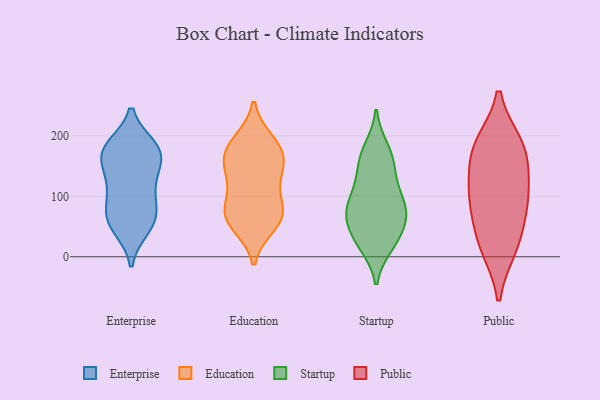
{"axis": {"x": "Humidity (%)", "y": "Value"}, "legend": ["Education", "Enterprise", "Public", "Startup"], "data": [{"x": "", "y": 71, "type": "Enterprise"}, {"x": "", "y": 177, "type": "Enterprise"}, {"x": "", "y": 119, "type": "Enterprise"}, {"x": "", "y": 179, "type": "Enterprise"}, {"x": "", "y": 62, "type": "Enterprise"}, {"x": "", "y": 55, "type": "Enterprise"}, {"x": "", "y": 126, "type": "Enterprise"}, {"x": "", "y": 168, "type": "Enterprise"}, {"x": "", "y": 75, "type": "Enterprise"}, {"x": "", "y": 181, "type": "Enterprise"}, {"x": "", "y": 110, "type": "Enterprise"}, {"x": "", "y": 48, "type": "Enterprise"}, {"x": "", "y": 170, "type": "Enterprise"}, {"x": "", "y": 161, "type": "Enterprise"}, {"x": "", "y": 68, "type": "Education"}, {"x": "", "y": 76, "type": "Education"}, {"x": "", "y": 119, "type": "Education"}, {"x": "", "y": 53, "type": "Education"}, {"x": "", "y": 163, "type": "Education"}, {"x": "", "y": 182, "type": "Education"}, {"x": "", "y": 73, "type": "Education"}, {"x": "", "y": 190, "type": "Education"}, {"x": "", "y": 133, "type": "Education"}, {"x": "", "y": 151, "type": "Education"}, {"x": "", "y": 66, "type": "Education"}, {"x": "", "y": 173, "type": "Education"}, {"x": "", "y": 128, "type": "Startup"}, {"x": "", "y": 170, "type": "Startup"}, {"x": "", "y": 26, "type": "Startup"}, {"x": "", "y": 140, "type": "Startup"}, {"x": "", "y": 105, "type": "Startup"}, {"x": "", "y": 86, "type": "Startup"}, {"x": "", "y": 65, "type": "Startup"}, {"x": "", "y": 160, "type": "Startup"}, {"x": "", "y": 19, "type": "Startup"}, {"x": "", "y": 179, "type": "Startup"}, {"x": "", "y": 23, "type": "Startup"}, {"x": "", "y": 77, "type": "Startup"}, {"x": "", "y": 87, "type": "Startup"}, {"x": "", "y": 71, "type": "Startup"}, {"x": "", "y": 40, "type": "Startup"}, {"x": "", "y": 65, "type": "Startup"}, {"x": "", "y": 54, "type": "Public"}, {"x": "", "y": 103, "type": "Public"}, {"x": "", "y": 95, "type": "Public"}, {"x": "", "y": 101, "type": "Public"}, {"x": "", "y": 179, "type": "Public"}, {"x": "", "y": 186, "type": "Public"}, {"x": "", "y": 15, "type": "Public"}, {"x": "", "y": 146, "type": "Public"}, {"x": "", "y": 17, "type": "Public"}, {"x": "", "y": 183, "type": "Public"}]}